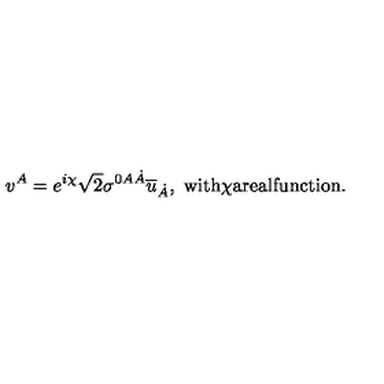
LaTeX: v ^ { A } = e ^ { i \chi } \sqrt { 2 } \sigma ^ { 0 A \dot { A } } \overline { { u } } _ { \dot { A } } , \ \mathrm { w i t h \chi a r e a l f u n c t i o n . }